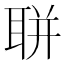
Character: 聠